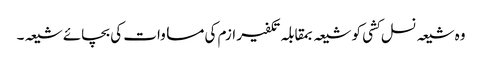
وہ شیعہ نسل کشی کو شیعہ بمقابلہ تکفیر ازم کی مساوات کی بچائے شیعہ۔